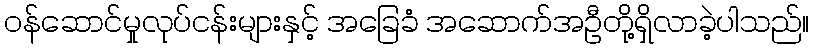
ဝန်ဆောင်မှုလုပ်ငန်းများနှင့် အခြေခံ အဆောက်အဦတို့ရှိလာခဲ့ပါသည်။